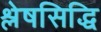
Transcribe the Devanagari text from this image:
श्लेषसिद्धि